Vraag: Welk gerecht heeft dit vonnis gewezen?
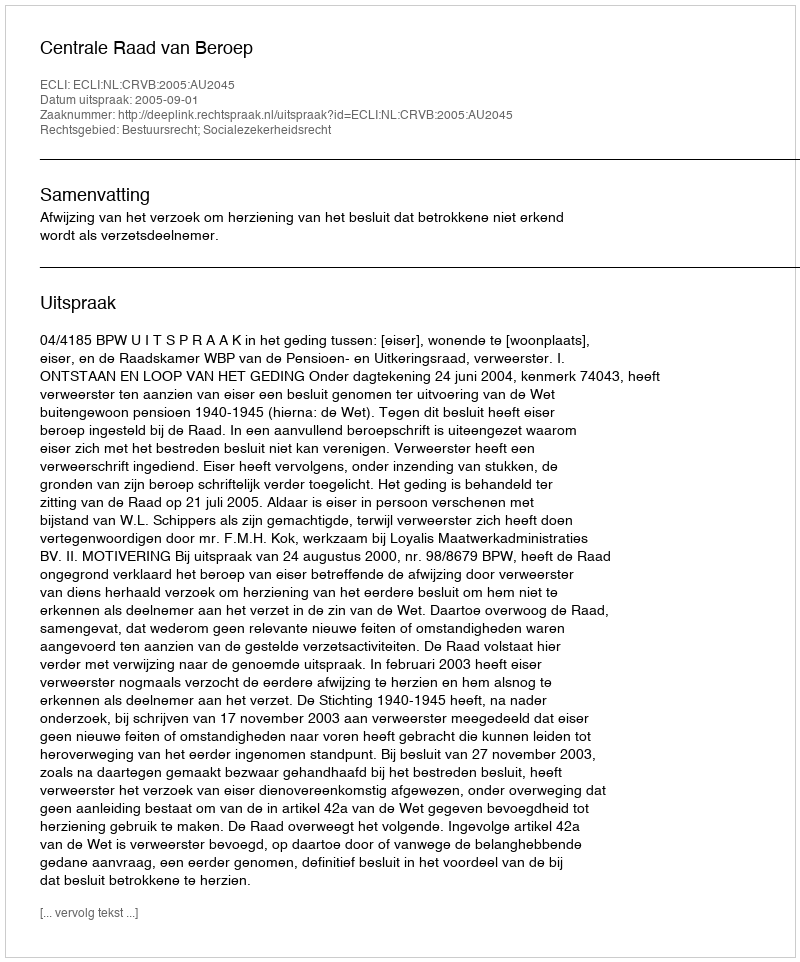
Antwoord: Centrale Raad van Beroep